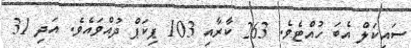
ސައިކަލް އެބަ ހުއްޓެވެ. 263 ކާރާއި 103 ޕިކަޕް ދުއްވައެވެ. އަދި 31